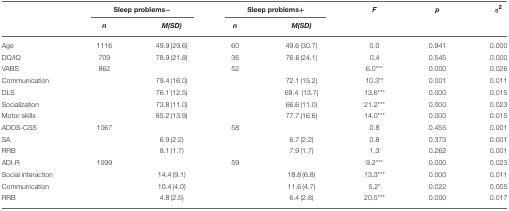
<table><thead><tr><td></td><td colspan="2"><b>Sleep problems−</b></td><td colspan="2"><b>Sleep problems+</b></td><td><b><i>F</i></b></td><td><b><i>p</i></b></td><td><b>η<sup>2</sup></b></td></tr><tr><td></td><td><b><i>n</i></b></td><td><b><i>M(SD)</i></b></td><td><b><i>n</i></b></td><td><b><i>M(SD)</i></b></td><td></td><td></td><td></td></tr></thead><tbody><tr><td>Age</td><td>1116</td><td>49.9 (29.6)</td><td>60</td><td>49.6 (30.7)</td><td>0.0</td><td>0.941</td><td>0.000</td></tr><tr><td>DQ/IQ</td><td>709</td><td>78.9 (21.8)</td><td>36</td><td>76.6 (24.1)</td><td>0.4</td><td>0.545</td><td>0.000</td></tr><tr><td>VABS</td><td>862</td><td></td><td>52</td><td></td><td>6.0<sup>***</sup></td><td>0.000</td><td>0.026</td></tr><tr><td>Communication</td><td></td><td>79.4 (16.0)</td><td></td><td>72.1 (15.2)</td><td>10.3<sup>**</sup></td><td>0.001</td><td>0.011</td></tr><tr><td>DLS</td><td></td><td>76.1 (12.5)</td><td></td><td>69.4 (13.7)</td><td>13.6<sup>***</sup></td><td>0.000</td><td>0.015</td></tr><tr><td>Socialization</td><td></td><td>73.8 (11.0)</td><td></td><td>66.6 (11.0)</td><td>21.2<sup>***</sup></td><td>0.000</td><td>0.023</td></tr><tr><td>Motor skills</td><td></td><td>85.2 (13.9)</td><td></td><td>77.7 (16.6)</td><td>14.0<sup>***</sup></td><td>0.000</td><td>0.015</td></tr><tr><td>ADOS-CSS</td><td>1067</td><td></td><td>58</td><td></td><td>0.8</td><td>0.455</td><td>0.001</td></tr><tr><td>SA</td><td></td><td>6.9 (2.2)</td><td></td><td>6.7 (2.2)</td><td>0.8</td><td>0.373</td><td>0.001</td></tr><tr><td>RRB</td><td></td><td>8.1 (1.7)</td><td></td><td>7.9 (1.7)</td><td>1.3</td><td>0.262</td><td>0.001</td></tr><tr><td>ADI-R</td><td>1099</td><td></td><td>59</td><td></td><td>9.2<sup>***</sup></td><td>0.000</td><td>0.023</td></tr><tr><td>Social interaction</td><td></td><td>14.4 (9.1)</td><td></td><td>18.8 (6.8)</td><td>13.3<sup>***</sup></td><td>0.000</td><td>0.011</td></tr><tr><td>Communication</td><td></td><td>10.4 (4.0)</td><td></td><td>11.6 (4.7)</td><td>5.2<sup>*</sup></td><td>0.022</td><td>0.005</td></tr><tr><td>RRB</td><td></td><td>4.8 (2.5)</td><td></td><td>6.4 (2.8)</td><td>20.5<sup>***</sup></td><td>0.000</td><td>0.017</td></tr></tbody></table>